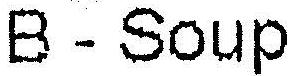
B - SOUP